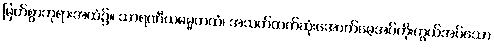
မြတ်စွာဘုရားအထံ၌။ သာရဏီယဓမ္မကထံ၊ အသက်ထက်ဆုံးအောက်မေ့အပ်ကိုးကွယ်အပ်သော